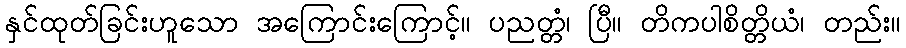
နှင်ထုတ်ခြင်းဟူသော အကြောင်းကြောင့်။ ပညတ္တံ၊ ပြီ။ တိကပါစိတ္တိယံ၊ တည်း။